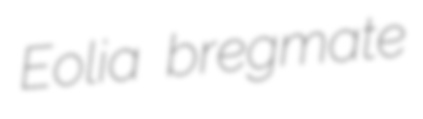
Eolia bregmate